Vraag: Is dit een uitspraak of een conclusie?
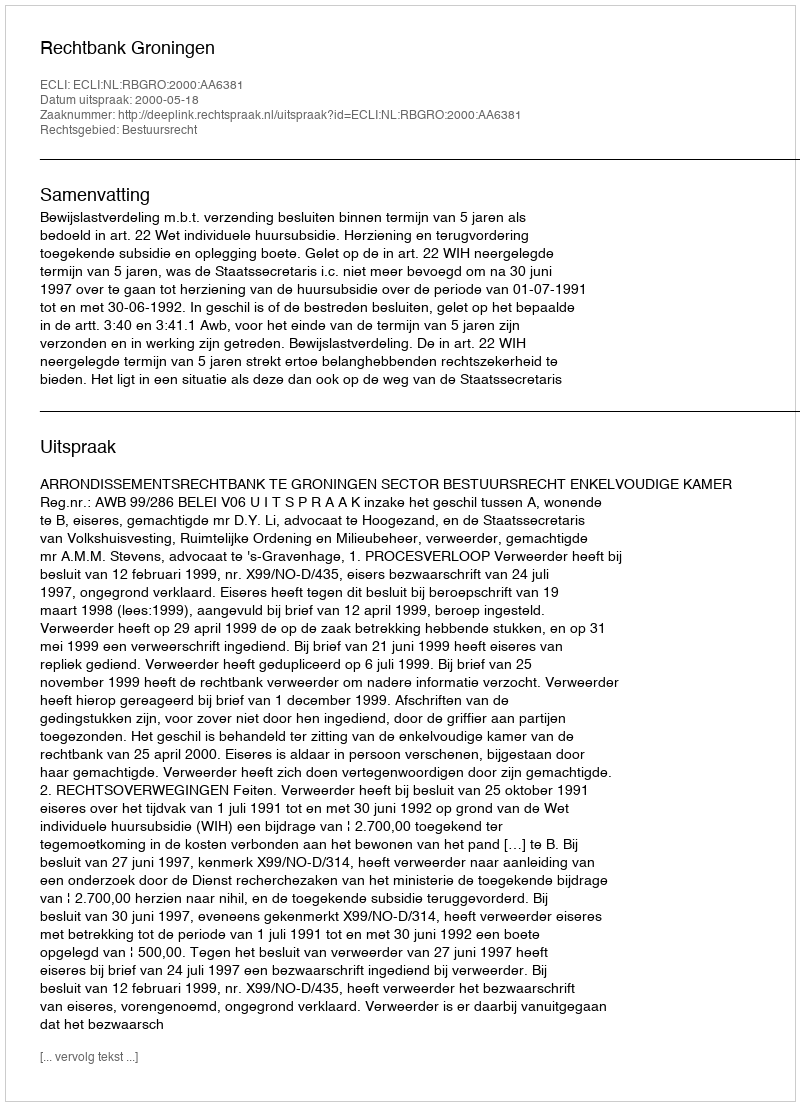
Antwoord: Uitspraak